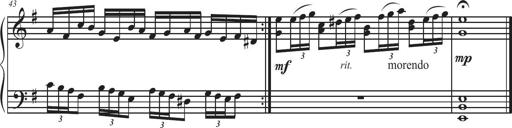
Title: Sonatina Espania
Composer: Jerald Franklin Archer
Key: Various